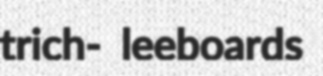
trich- leeboards